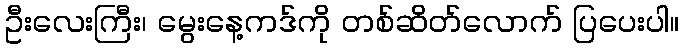
ဦးလေးကြီး၊ မွေးနေ့ကဒ်ကို တစ်ဆိတ်လောက် ပြပေးပါ။